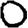
Digit: 0